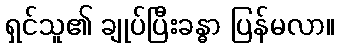
ရှင်သူ၏ ချုပ်ပြီးခန္ဓာ ပြန်မလာ။